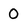
Character: 0